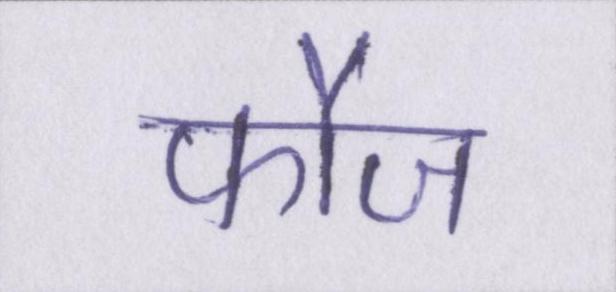
फौज